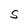
Character: S